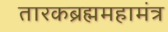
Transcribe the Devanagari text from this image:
तारकब्रह्ममहामंत्र